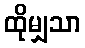
ထိုမျှသာ